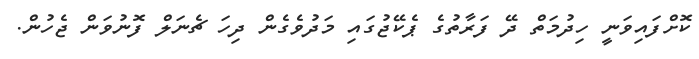
ކޮށްފައިވަނީ ހިދުމަތް ދޭ ފަރާތުގެ ޕެކޭޖުގައި މަދުވެގެން ދިހަ ޗެނަލް ފޮނުވަން ޖެހުން.